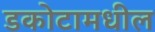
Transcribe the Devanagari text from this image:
डकोटामधील